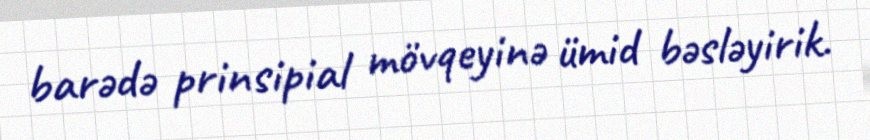
barədə prinsipial mövqeyinə ümid bəsləyirik.